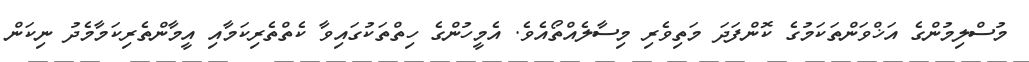
މުސްލިމުންގެ އަޚްވަންތަކަމުގެ ކޮންފަދަ މަތިވެރި މިސާލެއްތޯއެވެ. އެމީހުންގެ ހިތްތަކުގައިވާ ކެތްތެރިކަމާއި އީމާންތެރިކަމާމެދު ނިކަން